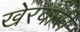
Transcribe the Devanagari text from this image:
खेरवारी